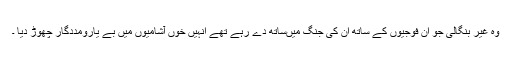
وہ غیر بنگالی جو اُن فوجیوں کے ساتھ ان کی جنگ میںساتھ دے رہے تھے اُنہیں خوں آشامیوں میں بے یارومددگار چھوڑ دیا ۔